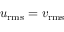
u _ { \mathrm { r m s } } = v _ { \mathrm { r m s } }